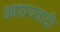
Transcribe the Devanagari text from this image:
आशयवादी